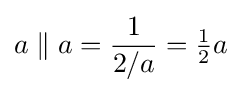
a\parallel a={\frac {1}{2/a}}={\tfrac {1}{2}}a